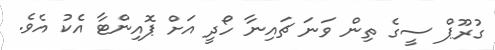
ގުރޫޕް ސީގެ ތިން ވަނަ ޗައިނާ ހޯދީ އަށް ޕޮއިންޓާ އެކު އެވެ.